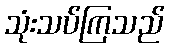
သုံးသပ်ကြသည်